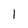
Character: l